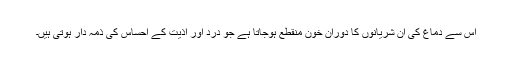
اس سے دماغ کی ان شریانوں کا دوران خون منقطع ہوجاتا ہے جو درد اور اذیت کے احساس کی ذمہ دار ہوتی ہیں۔